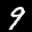
Label: 9